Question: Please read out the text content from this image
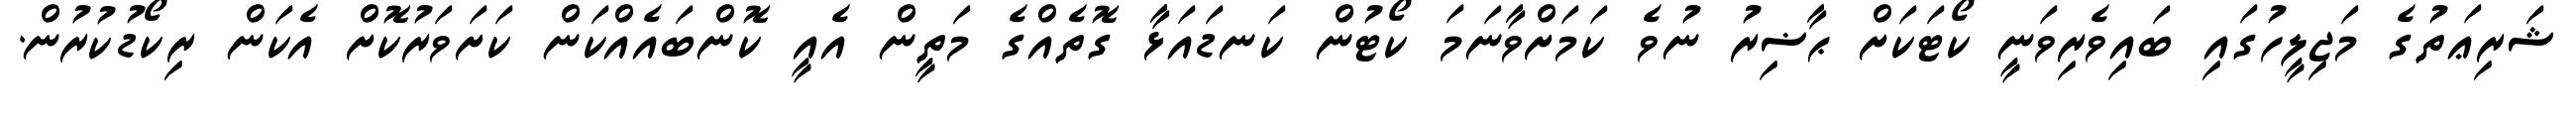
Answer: ޝަރިޢަތުގެ މަޖިލީހުގައި ބައިވެރިވަނީ ކޯޓަކަށް ޙާޟިރު ނުވެ ކަމަށްވާނަމަ ކޯޓުން ކަނޑައަޅާ ގޮތެއްގެ މަތީން އެއީ ކޮންބައެއްކަން ކަށަވަރުކޮށް އެކަން ރިކޯޑުކުރުން.